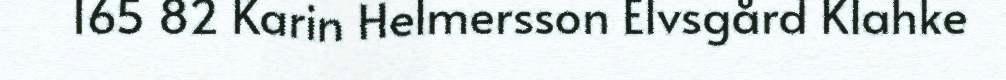
165 82 Karin Helmersson Elvsgård Klahke